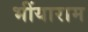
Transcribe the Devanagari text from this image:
भींयाराम